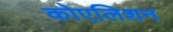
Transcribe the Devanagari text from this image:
कोएलिशन